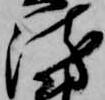
衛